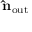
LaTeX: \mathbf { \hat { n } } _ { \mathrm { o u t } }